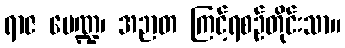
ရာဇ မေဏ္ဍ၊ အဉာတ ကြင့်ရစဉ်တိုင်းသာ။